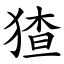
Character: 猹